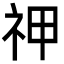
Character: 𬒱